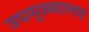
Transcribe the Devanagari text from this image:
उपमुख्यालय